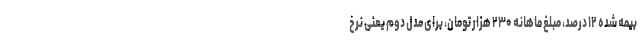
بیمه شده ۱۲ درصد، مبلغ ماهانه ۲۳۰ هزار تومان، برای مدل دوم یعنی نرخ